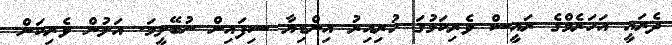
ދެރައީ އަހަރެމްގެ ރައީސް ވެރިކަމުގަ ހުރިއިރު އިންޑިޔާ ސިފައިން ނުބޭލީމަ. އަލުން ވެރިކަން